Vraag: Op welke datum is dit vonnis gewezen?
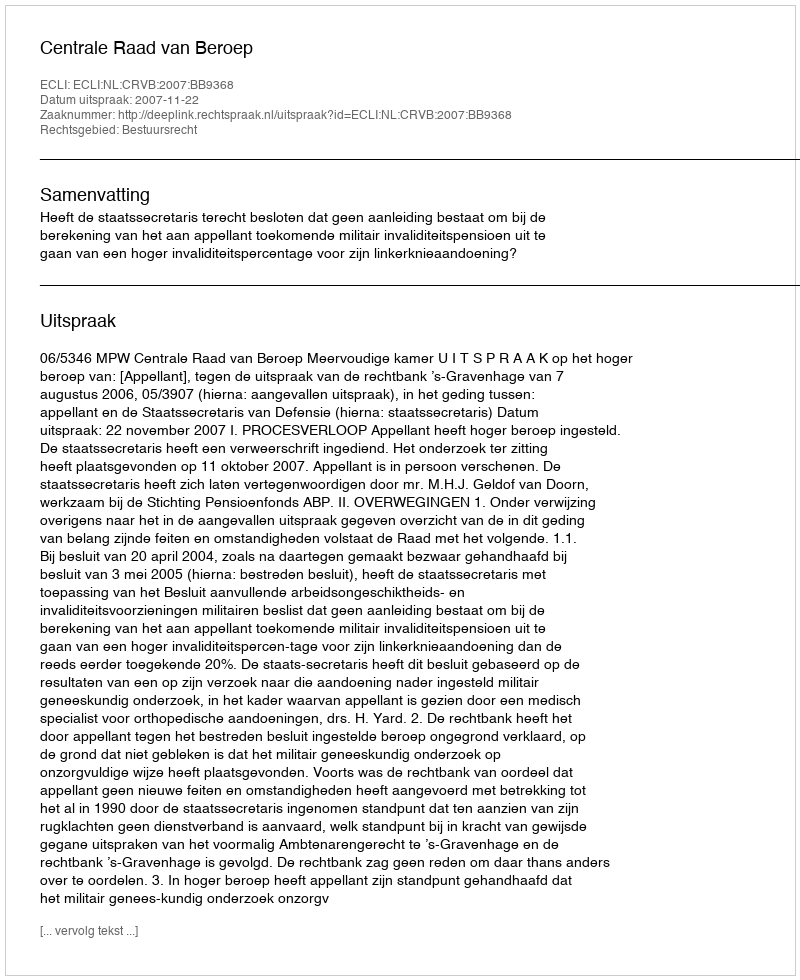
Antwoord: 2007-11-22